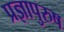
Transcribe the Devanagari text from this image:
प्रज्ञापुरुष